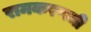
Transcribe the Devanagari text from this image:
रामकरणजी